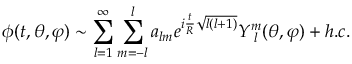
\phi ( t , \theta , \varphi ) \sim \sum _ { l = 1 } ^ { \infty } \sum _ { m = - l } ^ { l } a _ { l m } e ^ { i \frac { t } { R } \sqrt { l ( l + 1 ) } } Y _ { \; l } ^ { m } ( \theta , \varphi ) + h . c .